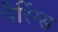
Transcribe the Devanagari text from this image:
पैरिंग्स